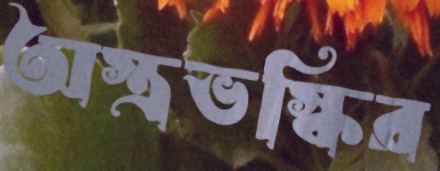
অস্ত্রভস্কির